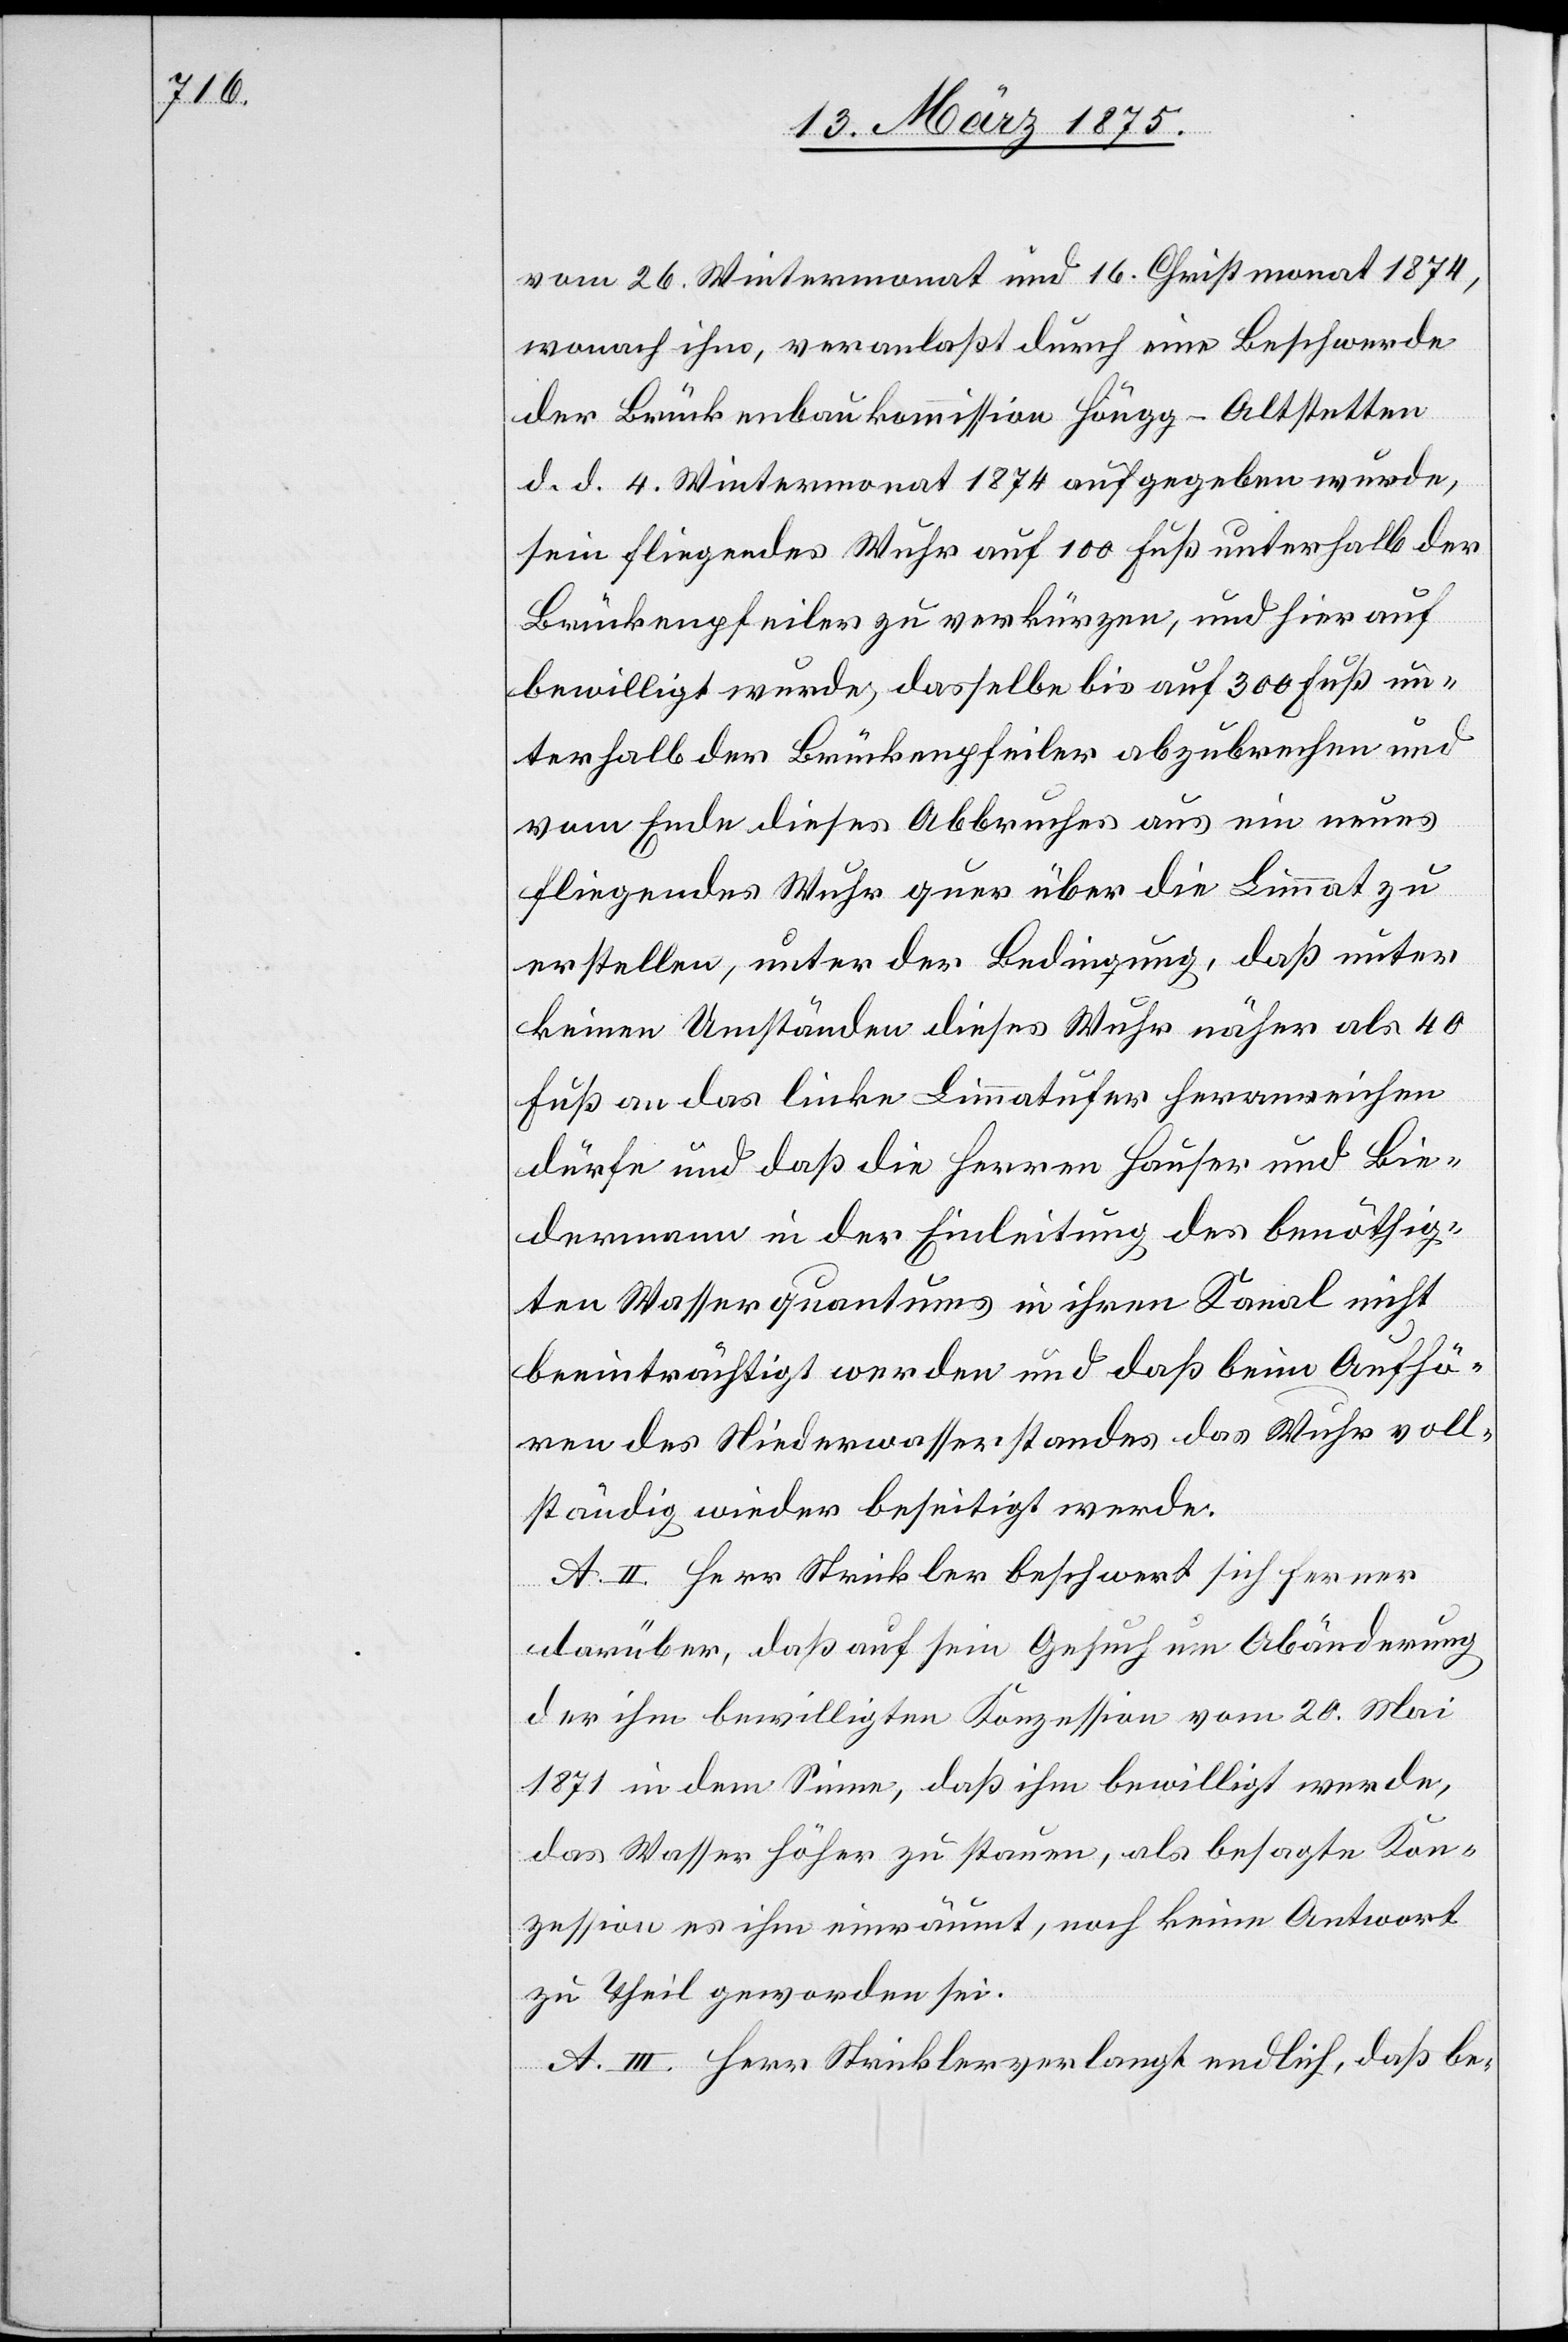
vom 26. Wintermonat und 16. Christmonat 1874,
wonach ihm, veranlaßt durch eine Beschwerde
der Brückenbaukommission Höngg-Altstetten
d. d. 4. Wintermonat 1874 aufgegeben würde,
sein fliegendes Wuhr auf 100 Fuß unterhalb der
Brückenpfeiler zu verkürzen, und hier auf
bewilligt wurde, dasselbe bis auf 300 Fuß un¬
terhalb der Brückenpfeiler abzubrechen und
vom Ende dieses Abbruches aus ein neues
fliegendes Wuhr quer über die Limmat zu
erstellen, unter der Bedingung, daß unter
keinen Umständen dieses Wuhr näher als 40
Fuß an das linke Limmatufer heranreichen
dürfe und daß die Herren Hauser und Bie¬
dermann in der Einleitung des benöthig¬
ten Wasserquantums in ihren Kanal nicht
beeinträchtigt werden und daß beim Aufhö¬
ren des Niederwasserstandes das Wuhr voll¬
ständig wieder beseitigt werde.
A. II. Herr Strickler beschwert sich ferner
darüber, daß auf sein Gesuch um Abänderung
der ihm bewilligten Konzession vom 20. Mai
1871 in dem Sinn, daß ihm bewilligt werde,
das Wasser höher zu stauen, als besagte Kon¬
zession es ihm einräumt, noch keine Antwort
zu Theil geworden sei.
A. III. Herr Strickler verlangt endlich, daß be-